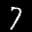
Label: 7